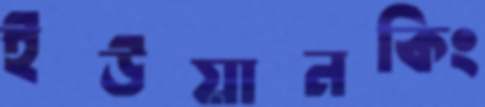
ইউয়ানকিং